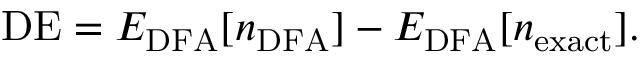
\mathrm { D E } = E _ { \mathrm { D F A } } [ n _ { \mathrm { D F A } } ] - E _ { \mathrm { D F A } } [ n _ { \mathrm { e x a c t } } ] .